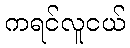
ကရင်လူငယ်